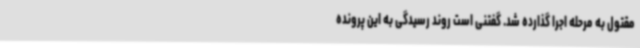
مقتول به مرحله اجرا گذارده شد. گفتنی است روند رسیدگی به این پرونده